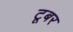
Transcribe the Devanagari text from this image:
टूबर